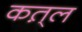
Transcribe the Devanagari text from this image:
कत़्ल